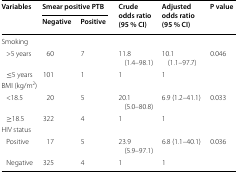
<table><thead><tr><td rowspan="2"><b>Variables</b></td><td colspan="2"><b>Smear positive PTB</b></td><td rowspan="2"><b>Crude odds ratio (95 % CI)</b></td><td rowspan="2"><b>Adjusted odds ratio (95 % CI)</b></td><td rowspan="2"><b>P value</b></td></tr><tr><td><b>Negative</b></td><td><b>Positive</b></td></tr></thead><tbody><tr><td colspan="6">Smoking</td></tr><tr><td> &gt;5 years</td><td>60</td><td>7</td><td>11.8 (1.4–98.1)</td><td>10.1 (1.1–97.7)</td><td rowspan="2">0.046</td></tr><tr><td> ≤5 years</td><td>101</td><td>1</td><td>1</td><td>1</td></tr><tr><td colspan="6">BMI (kg/m<sup>2</sup>)</td></tr><tr><td> &lt;18.5</td><td>20</td><td>5</td><td>20.1 (5.0–80.8)</td><td>6.9 (1.2–41.1)</td><td rowspan="2">0.033</td></tr><tr><td> ≥18.5</td><td>322</td><td>4</td><td>1</td><td>1</td></tr><tr><td colspan="6">HIV status</td></tr><tr><td> Positive</td><td>17</td><td>5</td><td>23.9 (5.9–97.1)</td><td>6.8 (1.1–40.1)</td><td rowspan="2">0.036</td></tr><tr><td> Negative</td><td>325</td><td>4</td><td>1</td><td>1</td></tr></tbody></table>